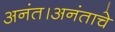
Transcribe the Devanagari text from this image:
अनंत।अनंताचे